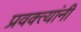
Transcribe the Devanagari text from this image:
प्रवक्त्यांनी